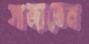
সাজাতেন